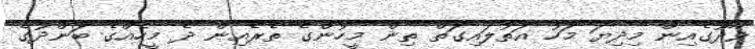
ވާދޫގެއިން މިދިޔަ މަހު އަތުލައިގަތް ތިން މީހުންގެ ތެރެއިން ދެ މީހެއްގެ ބަންދުގެ